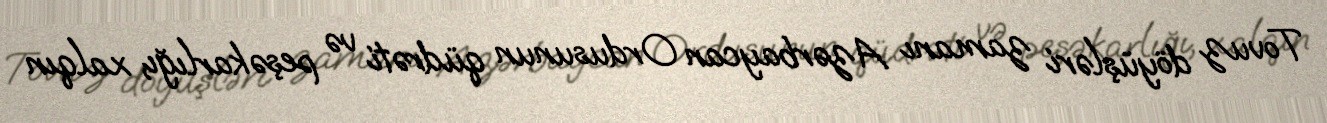
Tovuz döyüşləri zamanı Azərbaycan Ordusunun qüdrəti və peşəkarlığı, xalqın